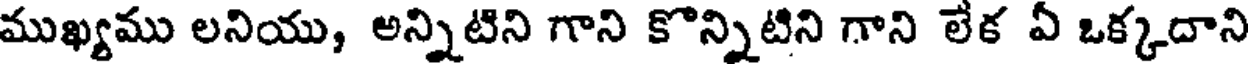
ముఖ్యము లనియు, అన్నిటిని గాని కొన్నిటిని గాని లేక ఏ ఒక్కదాని